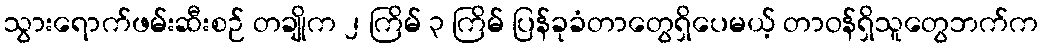
သွားရောက်ဖမ်းဆီးစဉ် တချိုက ၂ ကြိမ် ၃ ကြိမ် ပြန်ခုခံတာတွေရှိပေမယ့် တာဝန်ရှိသူတွေဘက်က